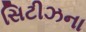
સિટીઝના